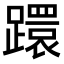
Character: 𨆈